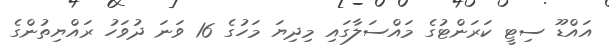
އައްޑޫ ސިޓީ ކަރަންޓުގެ މައްސަލާގައި މިދިޔަ މަހުގެ 16 ވަނަ ދުވަހު ރައްޔިތުންގެ